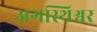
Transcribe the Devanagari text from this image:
अगस्थिश्वर